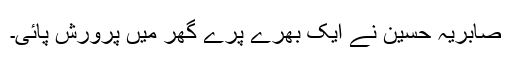
صابریہ حسین نے ایک بھرے پُرے گھر میں پرورش پائی۔